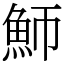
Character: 魳